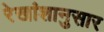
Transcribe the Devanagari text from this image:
रेखांशानुसार